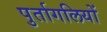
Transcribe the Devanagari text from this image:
पुर्तागलियों